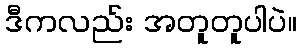
ဒီကလည်း အတူတူပါပဲ။